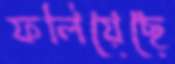
ফলিয়েছে